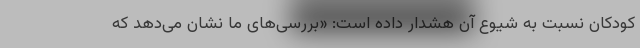
کودکان نسبت به شیوع آن هشدار داده است: «بررسی‌های ما نشان می‌دهد که